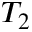
T _ { 2 }